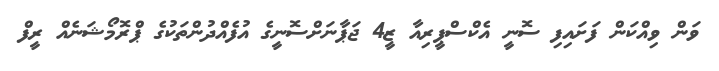
ވަން ވިއްކަން ފަށައިފި ސޮނީ އެކްސްޕީރިއާ ޒީ4 ޖަޕާނަށްސޮނީގެ އުފެއްދުންތަކުގެ ޕްރޮމޯޝަނެއް ރީފް